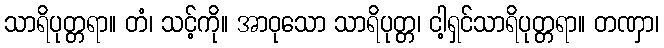
သာရိပုတ္တရာ။ တံ၊ သင့်ကို။ အာဝုသော သာရိပုတ္တ၊ ငါ့ရှင်သာရိပုတ္တရာ။ တဏှာ၊